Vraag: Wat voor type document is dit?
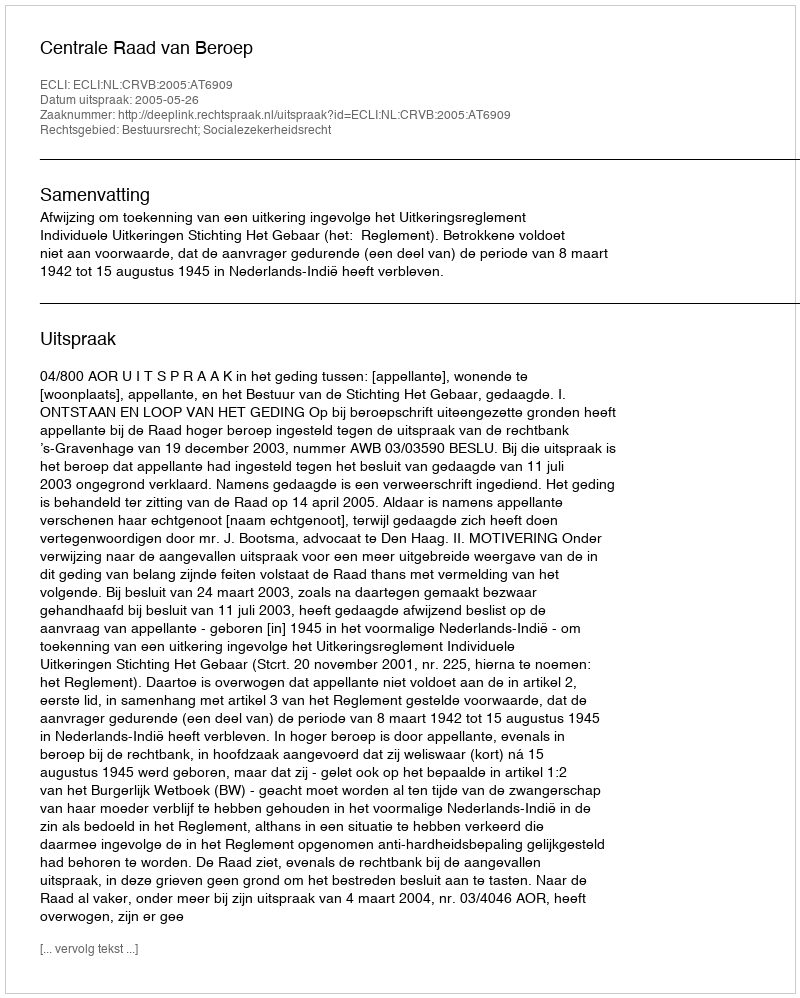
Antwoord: Uitspraak